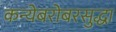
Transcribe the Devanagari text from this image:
कन्येबरोबरसुद्धा